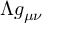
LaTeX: \Lambda g _ { \mu \nu }